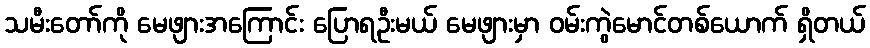
သမီးတော်ကို မေဖျားအကြောင်း ပြောရဦးမယ် မေဖျားမှာ ဝမ်းကွဲမောင်တစ်ယောက် ရှိတယ်